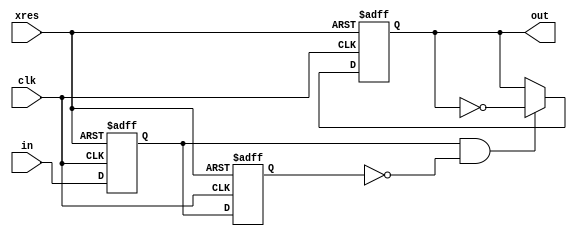
/*  */
module toggle ( clk, xres, in, out );
    input clk, xres, in;
    output out;
    
    wire in_tgl;
    reg in_1d, in_2d, out;
    
    always @(posedge clk or negedge xres )
    begin
        if ( xres == 1'b0 ) begin
            in_1d <= 1'b0;
            in_2d <= 1'b0;
        end
        else begin
            in_1d <= in;
            in_2d <= in_1d;
        end
    end
    assign in_tgl = in_1d & !in_2d;
    
    always @(posedge clk or negedge xres )
    begin
        if ( xres == 1'b0 )
            out <= 1'b0;
        else if ( in_tgl == 1'b1 )
            out <= ~out;
        else
            out <= out;
    end        
endmodule